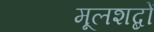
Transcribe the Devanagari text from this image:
मूलशब्दों